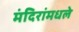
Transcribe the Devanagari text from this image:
मंदिरांमधले